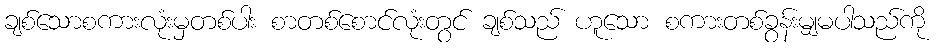
ချစ်သောစကားလုံးမှတစ်ပါး စာတစ်စောင်လုံးတွင် ချစ်သည် ဟူသော စကားတစ်ခွန်းမျှမပါသည်ကို